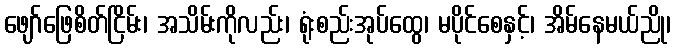
ဖျော်ဖြေစိတ်ငြိမ်း၊ အသိမ်းကိုလည်း၊ ရုံးစည်းအုပ်ထွေ၊ မပိုင်စေနှင့်၊ အိမ်နေမယ်ညို၊